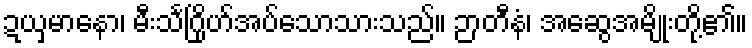
ဍယှမာနော၊ မီးသင်္ဂြိုဟ်အပ်သောသားသည်။ ဉာတီနံ၊ အဆွေအမျိုးတို့၏။